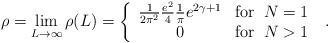
\begin{align*}\rho = \lim_{L \rightarrow \infty} \rho(L) =\left\{ \begin{array}{cr}\frac{1}{2\pi^2} \frac{e^2}{4}\frac{1}{\pi}e^{2\gamma +1} & \mbox{for}\;\; N = 1 \\0 & \mbox{for}\;\; N > 1\end{array} \right. \; .\end{align*}